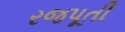
રજપૂતી